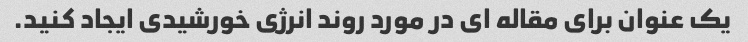
یک عنوان برای مقاله ای در مورد روند انرژی خورشیدی ایجاد کنید.